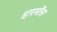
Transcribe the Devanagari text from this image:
हारमोंस